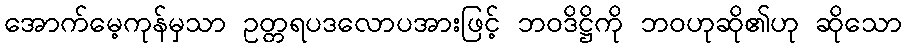
အောက်မေ့ကုန်မှသာ ဥတ္တရပဒလောပအားဖြင့် ဘဝဒိဋ္ဌိကို ဘဝဟုဆို၏ဟု ဆိုသော